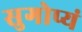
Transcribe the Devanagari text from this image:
सुगोप्यं